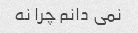
نمی دانم چرا نه